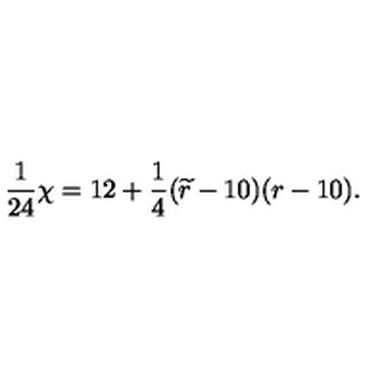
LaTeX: { \frac { 1 } { 2 4 } } \chi = 1 2 + { \frac { 1 } { 4 } } ( { \widetilde r } - 1 0 ) ( r - 1 0 ) .